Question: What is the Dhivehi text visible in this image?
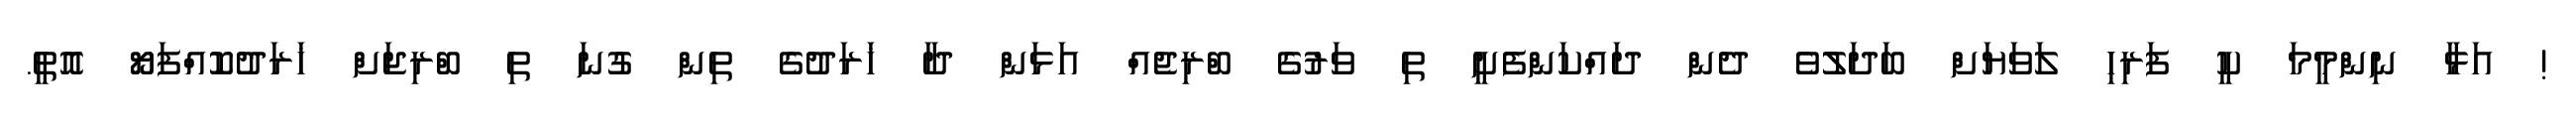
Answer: ! އަޅާ ނިންމީމަ ކީ ފަރިހި ލަވަޔަށް ބަދަލުވެ ދެން ދައްކަންފެށީ ތި ވަރުގެ ބްރިޖެއް އަޅަން ދާ ޚަރަދުގެ ތިން ގުނަ ތި ބްރިޖަށް ޚަރަދުކޮއްފަޔޯ އޮތީ.